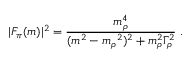
| F _ { \pi } ( m ) | ^ { 2 } = \frac { m _ { \rho } ^ { 4 } } { ( m ^ { 2 } - m _ { \rho } { } ^ { 2 } ) ^ { 2 } + m _ { \rho } ^ { 2 } \Gamma _ { \rho } ^ { 2 } } \; .